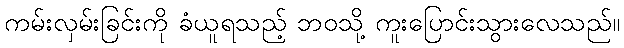
ကမ်းလှမ်းခြင်းကို ခံယူရသည့် ဘဝသို့ ကူးပြောင်းသွားလေသည်။